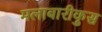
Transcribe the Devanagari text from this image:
मलाबारीकुस